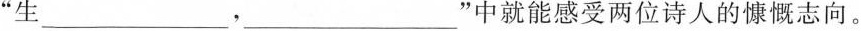
“生___，___”中就能感受两位诗人的慷慨志向。